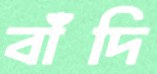
বাঁদি